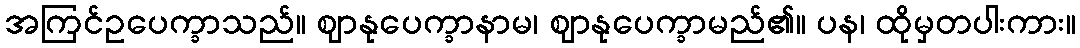
အကြင်ဥပေက္ခာသည်။ ဈာနုပေက္ခာနာမ၊ ဈာနုပေက္ခာမည်၏။ ပန၊ ထိုမှတပါးကား။